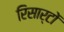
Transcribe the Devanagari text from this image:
रिसार्टों